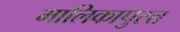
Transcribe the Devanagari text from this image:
मालिकापुरत्त